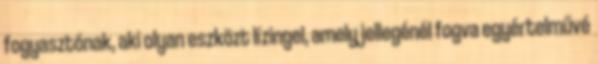
fogyasztónak, aki olyan eszközt lízingel, amely jellegénél fogva egyértelművé